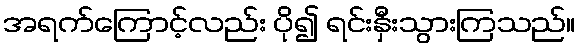
အရက်ကြောင့်လည်း ပို၍ ရင်းနှီးသွားကြသည်။